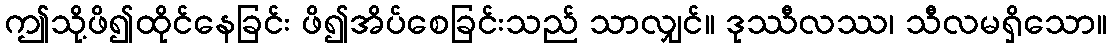
ဤသို့ဖိ၍ထိုင်နေခြင်း ဖိ၍အိပ်စေခြင်းသည် သာလျှင်။ ဒုဿီလဿ၊ သီလမရှိသော။